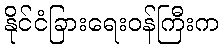
နိုင်ငံခြားရေးဝန်ကြီးက